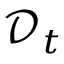
{ \mathcal D } _ { t }